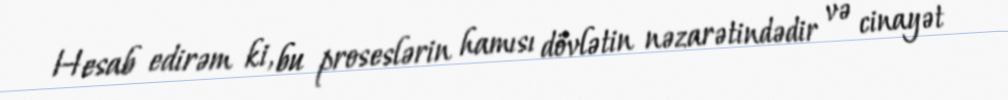
Hesab edirəm ki, bu proseslərin hamısı dövlətin nəzarətindədir və cinayət